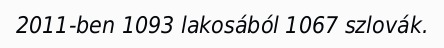
2011-ben 1093 lakosából 1067 szlovák.